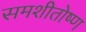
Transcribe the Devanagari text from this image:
समशीतोष्‍ण